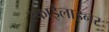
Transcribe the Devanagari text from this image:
स्काईलाइनर